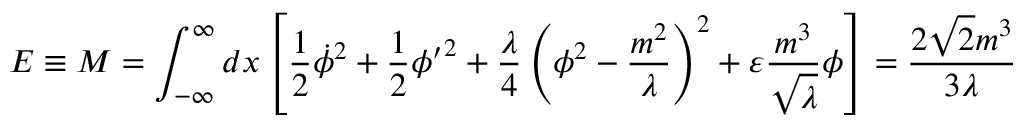
{ \cal E } \equiv M = \int _ { - \infty } ^ { \infty } d x \left[ \frac { 1 } { 2 } { \dot { \phi } } ^ { 2 } + \frac { 1 } { 2 } { { \phi } ^ { \prime } } ^ { 2 } + \frac { \lambda } { 4 } \left( \phi ^ { 2 } - \frac { m ^ { 2 } } { \lambda } \right) ^ { 2 } + \varepsilon \frac { m ^ { 3 } } { \sqrt \lambda } \phi \right] = \frac { 2 { \sqrt 2 } m ^ { 3 } } { 3 \lambda }